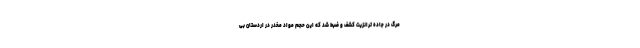
مرگ در جاده ترانزیت کشف و ضبط شد که این حجم مواد مخدر در اردستان بی